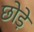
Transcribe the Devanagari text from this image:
छोड़े़